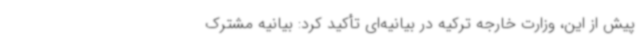
پیش از این، وزارت خارجه ترکیه در بیانیه‌ای تأکید کرد: بیانیه مشترک